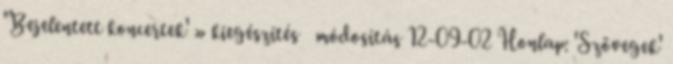
'Bejelentett koncertek' » kiegészítés módosítás 12-09-02 Honlap: 'Szövegek'